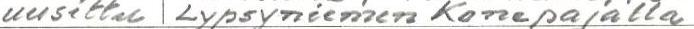
uusittu Lypsyniemen Konepajalla